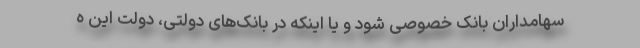
سهامداران بانک خصوصی شود و یا اینکه در بانک‌های دولتی، دولت این ه